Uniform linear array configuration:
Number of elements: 32
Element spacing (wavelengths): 0.75
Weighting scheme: hamming
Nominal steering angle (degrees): -15
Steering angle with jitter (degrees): -16.032
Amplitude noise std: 0.05
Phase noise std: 0.05

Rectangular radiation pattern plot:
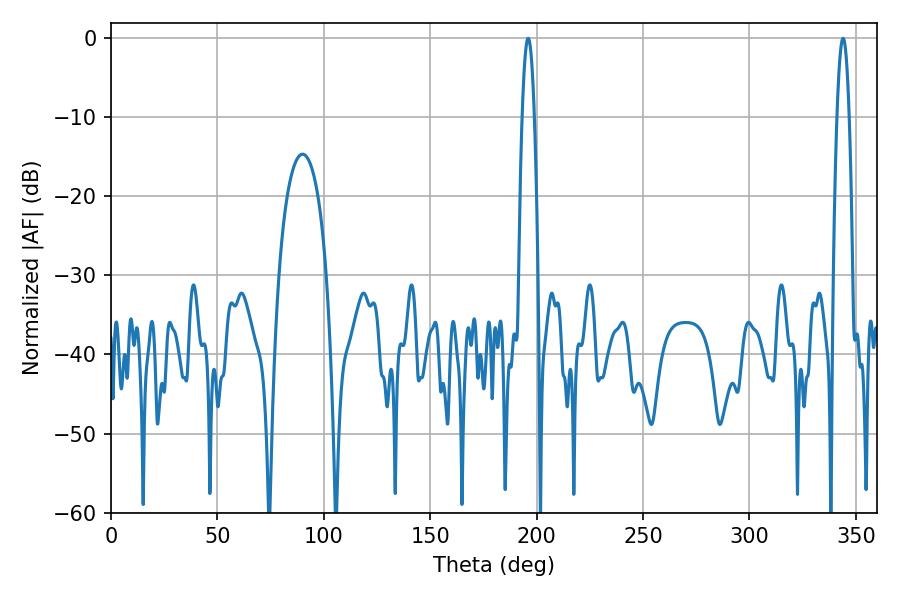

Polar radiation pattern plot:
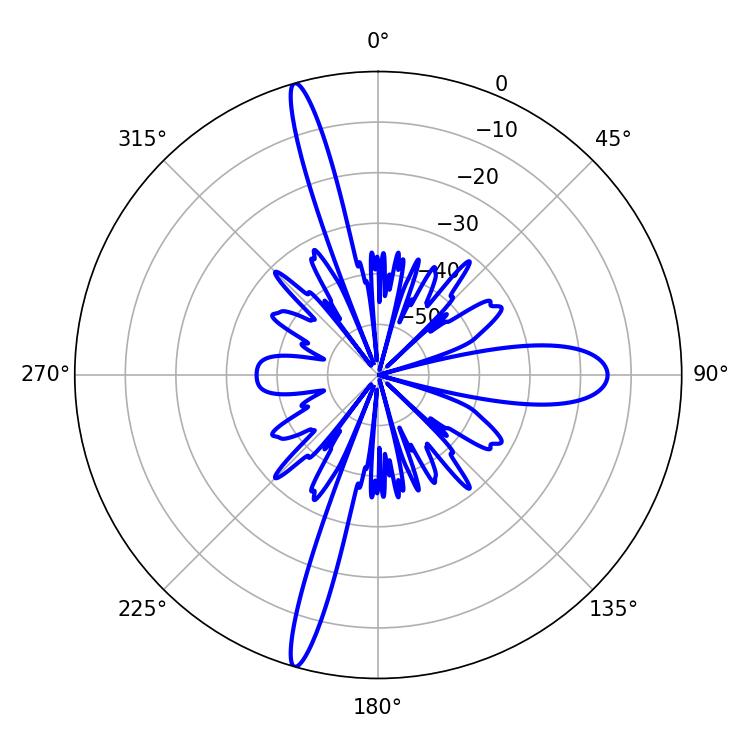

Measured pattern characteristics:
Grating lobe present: TRUE
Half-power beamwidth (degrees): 3.24
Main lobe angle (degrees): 196.02